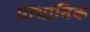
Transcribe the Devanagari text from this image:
प्राधानिक